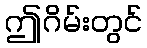
ဤဂိမ်းတွင်